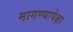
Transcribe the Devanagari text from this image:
मागण्यापेक्षा